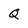
Character: Q